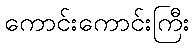
ကောင်းကောင်းကြီး